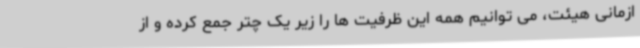
ازمانی هیئت، می توانیم همه این ظرفیت ها را زیر یک چتر جمع کرده و از